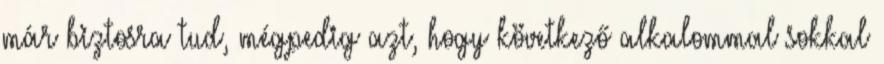
már biztosra tud, mégpedig azt, hogy következő alkalommal sokkal